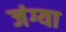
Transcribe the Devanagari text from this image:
जंग्या